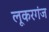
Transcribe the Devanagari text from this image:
लूकरगंज